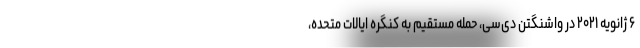
۶ ژانویه ۲۰۲۱ در واشنگتن دی‌سی، حمله مستقیم به کنگره ایالات متحده،